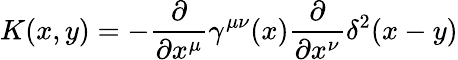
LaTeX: K(x,y)=-\frac{\partial}{\partial x^{\mu}}\gamma^{\mu\nu}(x)\frac{\partial}{\partial x^{\nu}}\delta^{2}(x-y)